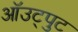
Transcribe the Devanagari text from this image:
ऑउट्पुट